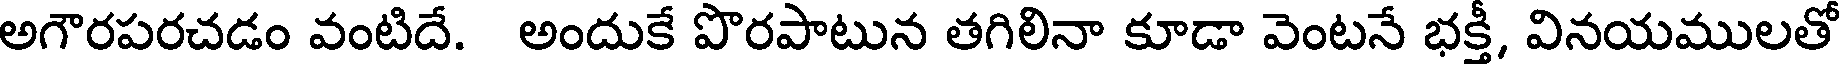
అగౌరపరచడం వంటిదే. అందుకే పొరపాటున తగిలినా కూడా వెంటనే భక్తీ, వినయములతో